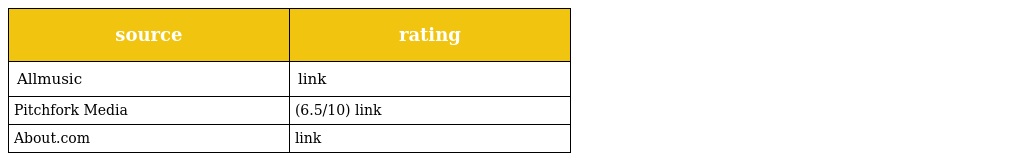
| source | rating |
 | --- | --- |
 | Allmusic | link |
 | Pitchfork Media | (6.5/10) link |
 | About.com | link |